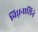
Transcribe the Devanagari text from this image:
विघ्ननाशिने